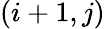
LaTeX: (i+1,j)